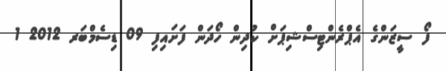
ފޯ ސީޒަންގެ އެޕްރެންޓިސްޝިޕަށް ކުދިން ހޯދަން ފަށައިފި 09 ޑިސެމްބަރ 2012 1